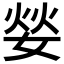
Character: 𮱌